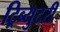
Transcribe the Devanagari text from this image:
ट्रिब्युटरी